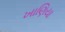
ખાણિયા